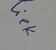
Signature authenticity: forged